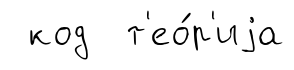
код т'ео́р'иjа